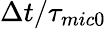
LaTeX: {\Delta t}/{{{\tau}_{mic0}}}